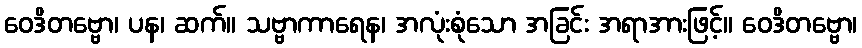
ဝေဒိတဗ္ဗော၊ ပန၊ ဆက်။ သဗ္ဗာကာရေန၊ အလုံးစုံသော အခြင်း အရာအားဖြင့်။ ဝေဒိတဗ္ဗော၊